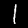
Digit: 1